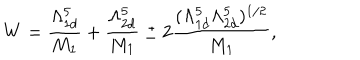
W = \frac { \Lambda _ { 1 d } ^ { 5 } } { M _ { 1 } } + \frac { \Lambda _ { 2 d } ^ { 5 } } { M _ { 1 } } \pm 2 \frac { ( \Lambda _ { 1 d } ^ { 5 } \Lambda _ { 2 d } ^ { 5 } ) ^ { 1 / 2 } } { M _ { 1 } } ,